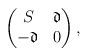
LaTeX: \begin{align*}\begin{pmatrix}S& \mathfrak{d}\\-\mathfrak{d}&0\end{pmatrix},\end{align*}